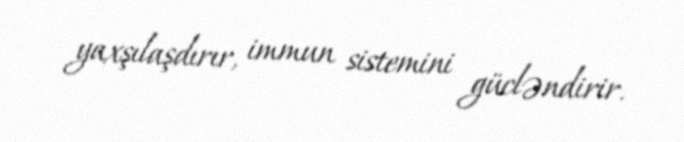
yaxşılaşdırır, immun sistemini gücləndirir.